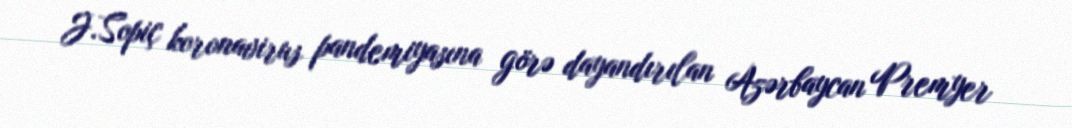
J.Sopiç koronavirus pandemiyasına görə dayandırılan Azərbaycan Premyer